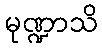
မုဏ္ဍာသိ